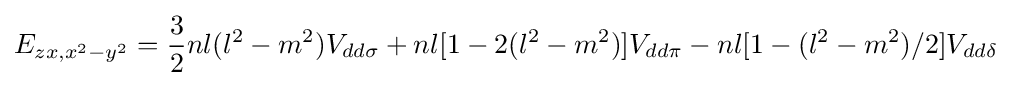
E_{zx,x^{2}-y^{2}}={\frac {3}{2}}nl(l^{2}-m^{2})V_{dd\sigma }+nl[1-2(l^{2}-m^{2})]V_{dd\pi }-nl[1-(l^{2}-m^{2})/2]V_{dd\delta }